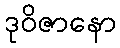
ဒုဝိဇာနော